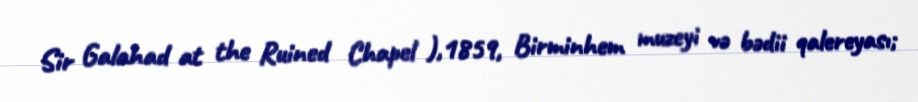
Sir Galahad at the Ruined Chapel ),1859, Birminhem muzeyi və bədii qalereyası;